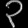
Digit: ၃